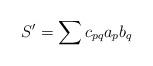
LaTeX: \begin{align*}S'=\sum c_{pq}a_pb_q\end{align*}